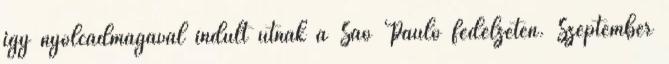
így nyolcadmagával indult útnak a Sao Paulo fedélzetén. Szeptember